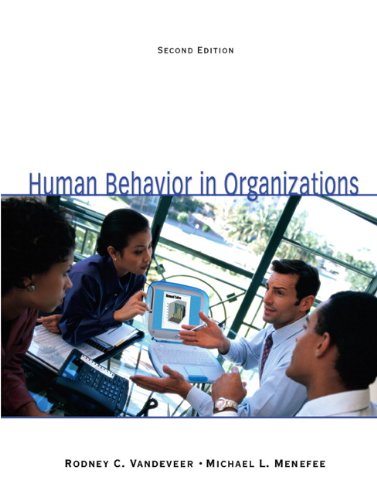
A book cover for Human Behavior in Organizations (2nd Edition); Rodney C. Vandeveer; Business & Money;